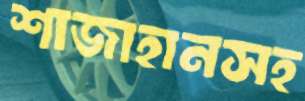
শাজাহানসহ